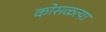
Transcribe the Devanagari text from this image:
कोसळत्या